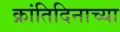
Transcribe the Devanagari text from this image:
क्रांतिदिनाच्या